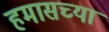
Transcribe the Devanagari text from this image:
हमासच्या